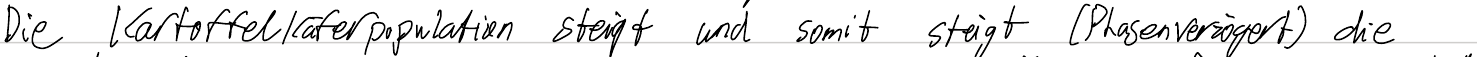
Die Kartoffelkäferpopulation steigt und somit steigt (Phasenverzögert) die